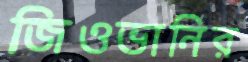
জিওভানির